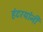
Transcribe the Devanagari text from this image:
हंटरयांनी